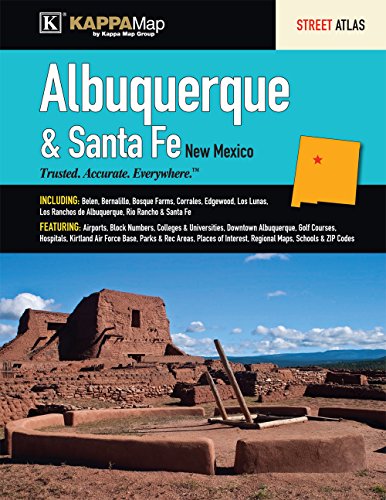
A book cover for Albuquerque & Santa Fe, NM Street Atlas; Kappa Map Group; Travel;